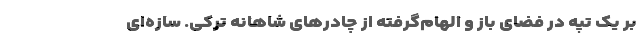
بر یک تپه در فضای باز و الهام‌گرفته از چادرهای شاهانه ترکی. سازه‌ای